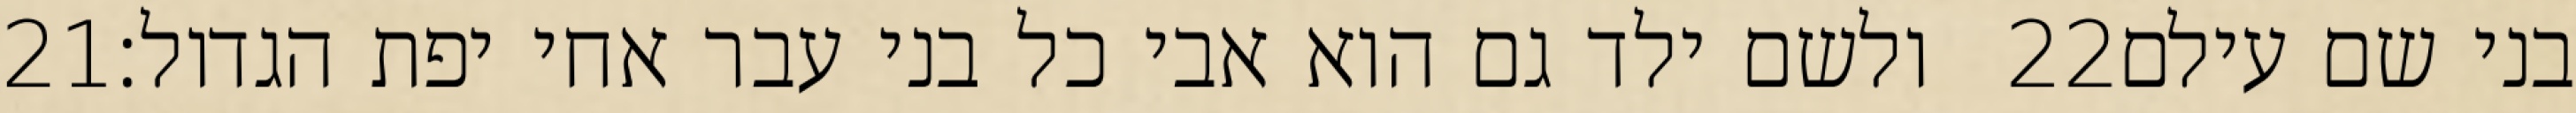
‎21‏ ולשם ילד גם הוא אבי כל בני עבר אחי יפת הגדול׃ ‎22‏ בני שם עילם